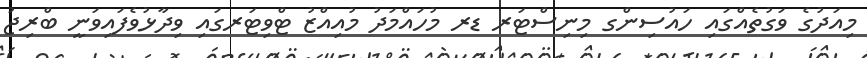
މިއަދުގެ ވަގުތެއްގައި ހައުސިންގ މިނިސްޓަރ ޑރ މުހައްމަދު މުއިއްޒު ޓްވިޓަރގައި ވިދާޅުވެފައިވަނީ ބްރިޖު